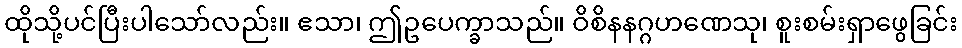
ထိုသို့ပင်ပြီးပါသော်လည်း။ ဧသာ၊ ဤဥပေက္ခာသည်။ ဝိစိနနဂ္ဂဟဏေသု၊ စူးစမ်းရှာဖွေခြင်း